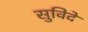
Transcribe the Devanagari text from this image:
सुविदे